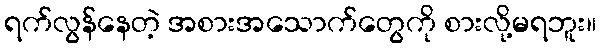
ရက်လွန်နေတဲ့ အစားအသောက်တွေကို စားလို့မရဘူး။